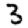
Digit: 3